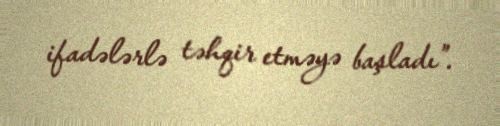
ifadələrlə təhqir etməyə başladı”.